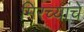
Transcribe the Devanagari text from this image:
मिरच्यांचे